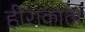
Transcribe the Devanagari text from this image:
हीराकाता